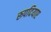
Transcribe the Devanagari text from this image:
रूपदियाए